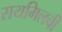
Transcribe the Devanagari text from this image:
रायमिलची